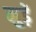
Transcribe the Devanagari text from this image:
मुड़ें